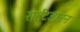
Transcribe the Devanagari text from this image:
राईटडाउन